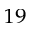
^ { 1 9 }